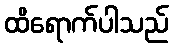
ထိရောက်ပါသည်